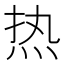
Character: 热